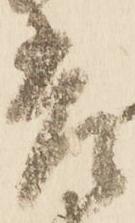
差